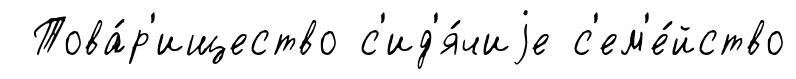
Това́р'ищество с'ид'я́чиjе с'ем'е́йство